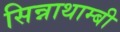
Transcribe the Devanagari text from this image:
सिन्नाथाम्बी